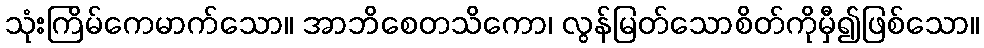
သုံးကြိမ်ကေမာက်သော။ အာဘိစေတသိကော၊ လွန်မြတ်သောစိတ်ကိုမှီ၍ဖြစ်သော။